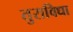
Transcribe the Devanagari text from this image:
तुराविधा